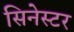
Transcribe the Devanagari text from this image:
सिनेस्टर